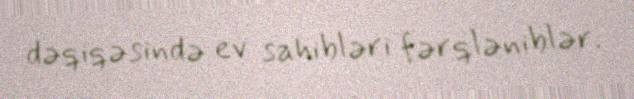
dəqiqəsində ev sahibləri fərqləniblər.